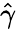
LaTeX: \hat{\gamma}